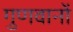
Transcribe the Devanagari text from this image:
गुणवानों